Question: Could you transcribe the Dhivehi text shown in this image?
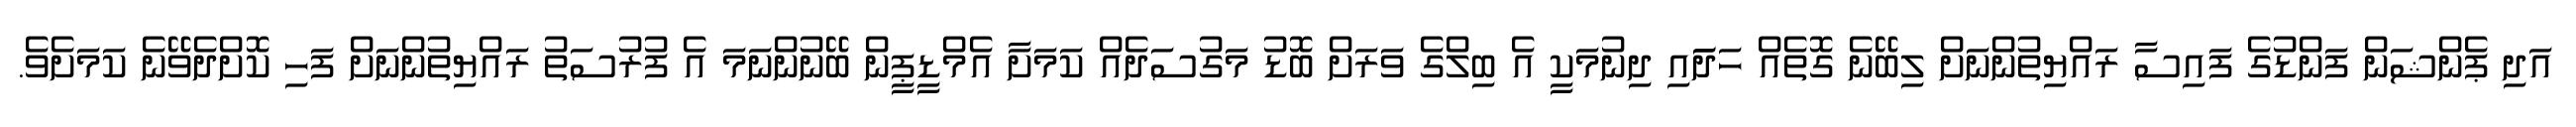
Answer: އަދި ޕެންޝަން ފަންޑުގެ ފައިސާ ރައްޔިތުންނަށް ލިބޭނެ ގޮތެއް ހަދަައި ދިނުމަކީ އެ ބިލްގެ ވަރަށް ބޮޑު މަގުސަދެއް ކަމަށާ އެމްޑީޕީން ބޭނުންނަމަ އެ ފުރުސަތު ރައްޔިތުންނަށް ފަހި ކޮށްދެވޭނެ ކަމަށެވެ.